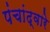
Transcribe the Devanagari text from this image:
पंचांद्वारे